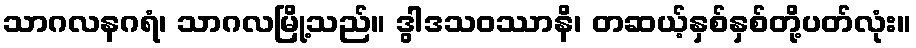
သာဂလနဂရံ၊ သာဂလမြို့သည်။ ဒွါဒသဝဿာနိ၊ တဆယ့်နှစ်နှစ်တို့ပတ်လုံး။